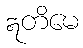
ဣတိမေ